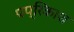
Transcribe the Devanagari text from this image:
पप्रिकाश